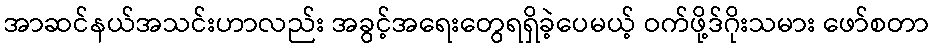
အာဆင်နယ်အသင်းဟာလည်း အခွင့်အရေးတွေရရှိခဲ့ပေမယ့် ဝက်ဖို့ဒ်ဂိုးသမား ဖော်စတာ